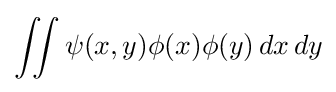
\iint \psi (x,y)\phi (x)\phi (y)\,dx\,dy